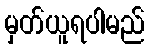
မှတ်ယူရပါမည်